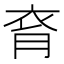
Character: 𧘯